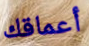
أعماقك